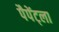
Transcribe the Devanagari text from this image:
पैपेंट्ला